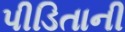
પીડિતાની